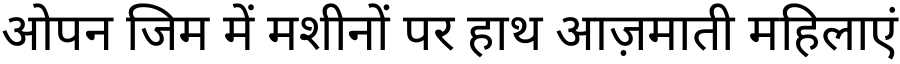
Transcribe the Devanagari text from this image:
ओपन जिम में मशीनों पर हाथ आज़माती महिलाएं